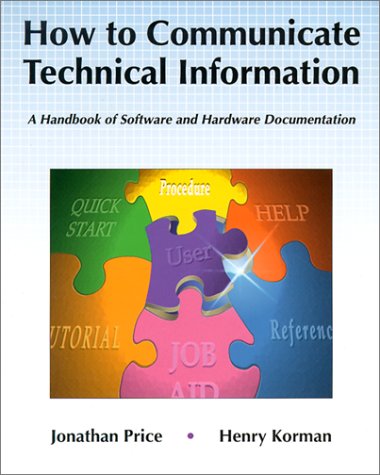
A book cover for How to Communicate Technical Information: A Handbook of Software and Hardware Documentation; Jonathan Price; Computers & Technology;